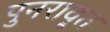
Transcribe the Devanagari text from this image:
पुनरावृ्त